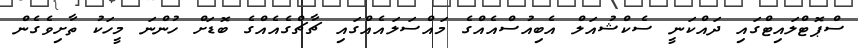
ސްޕޮޓްލައިޓްގައި ދައްކަނީ ސެކްޝުއަލް އެބިއުސްއެއްގެ މައްސަލައެއްގައި ޗާޗްގެއެއްގެ ބޮޑަށް ހުންނަ މީހަކު ތާށިވެގެން